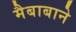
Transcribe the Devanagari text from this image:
मैबाबाने